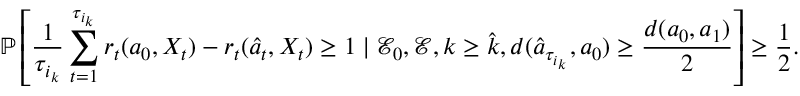
\mathbb { P } \left[ \frac { 1 } { \tau _ { i _ { k } } } \sum _ { t = 1 } ^ { \tau _ { i _ { k } } } r _ { t } ( a _ { 0 } , X _ { t } ) - r _ { t } ( \hat { a } _ { t } , X _ { t } ) \geq 1 \mid \mathcal { E } _ { 0 } , \mathcal { E } , k \geq \hat { k } , d ( \hat { a } _ { \tau _ { i _ { k } } } , a _ { 0 } ) \geq \frac { d ( a _ { 0 } , a _ { 1 } ) } { 2 } \right] \geq \frac { 1 } { 2 } .